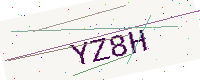
Text: YZ8H